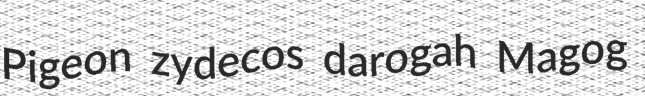
Pigeon zydecos darogah Magog